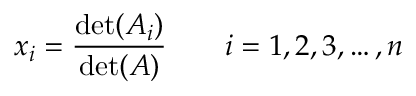
x _ { i } = { \frac { \operatorname* { d e t } ( A _ { i } ) } { \operatorname* { d e t } ( A ) } } \qquad i = 1 , 2 , 3 , \ldots , n